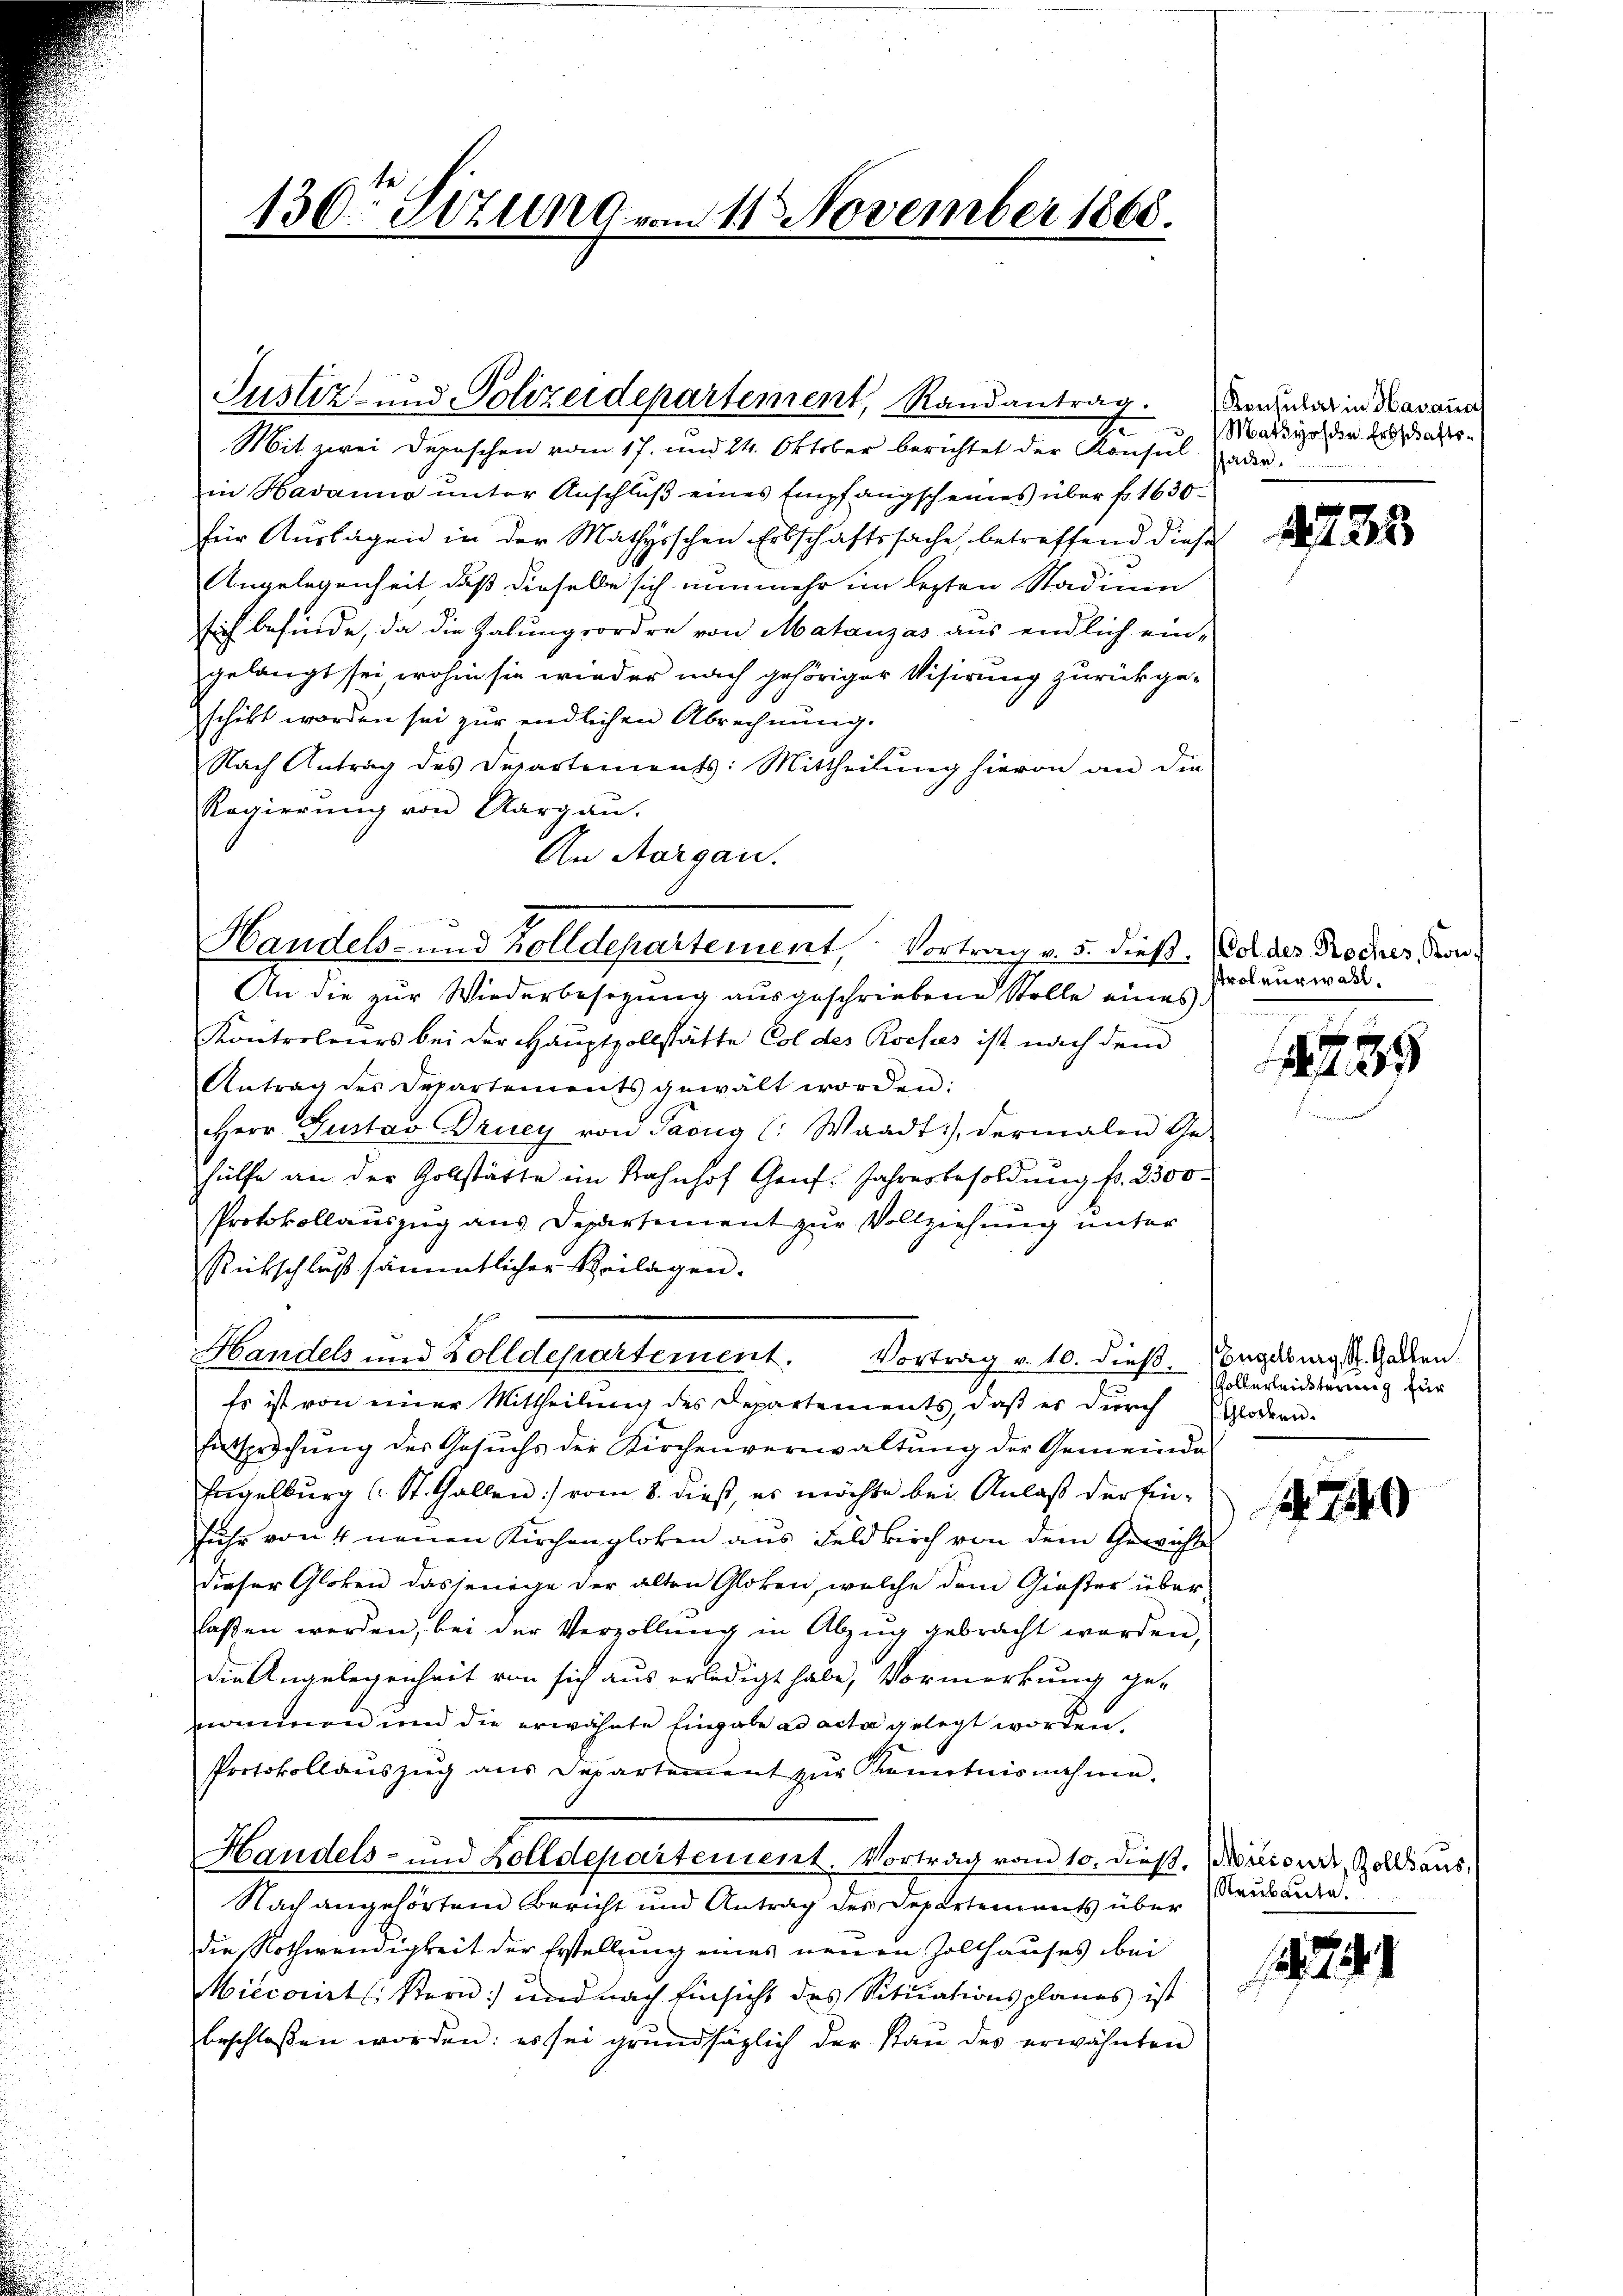
130ten Sitzung vom 11. November 1865.

Justiz- und Polizeidepartement, Randantrag.

Mit zwei Deposchen vom 17. und 24. Oktober berichtet der Konsul- oder
in Havanna ŭnter Anschlŭβ eines Empfangscheines über fr. 1630
für Auslagen in der Mathysschen Erbschaftssache, betreffend diese
Angelegenheit, daß dieselbe sich nunmehr im lezten Stadium
sich befinde, da die Kalungsordre von Matauzas aus endlich ein-
gelangt sei, wohin sie wieder nach gehöriger Visirung zurückge-
schikt worden sei zur endlichen Abrechnŭng.
Nach Antrag des Departements: Mittheilung hievon an die
Regierung von Aargau.
An Aargau.
An die zur Wiederbesezung aŭsgeschriebene Stelle eines
Kontroleiers bei der Hauptvollstätte Col des Roches ist nach dem
Antrag des Departements gewalt worden:
Herr Gustav Druey von Pacug l. Waadt, dermalen Ge-
hülfe an der Zollstätte im Bahnhof Genf Jahresbesoldung fr. 2300
Protokollauszug aus Departement zur Vollziehung unter
Rückschluß sämmtlicher Beilagen.
Handels und Zolldepartement. Vortrag v. 10. dieß. Begangs. Gallen.
Es ist von einer Mittheilung des Departements, daβ er dŭrch Glodern-
Entsprichŭng der Gesŭchs der Kirchenverwaltŭng der Gemeinde
Engelburg (St. Gallen :/ vom 8. dieß, es möchte bei Anlaß der Einfuhr von 4 neuen Kirchengloken aus Feldkirch von dem Gewichte
dieser Globen dasjenige der alten Gloken, welche dem Gieser über
laßen werden, bei der Verzollung in Abzug gebracht werden,
die Angelegenheit von sich aus erledigt habe, Vormerkung genommen und die erwähnte Eingabe ad acta gelegt worden,
Protokollauszug aus Departement zur Kenntnisnahme.
Handels- und Zolldepartement. Vortrag vom 10. dieß. Wirconi, Zollsaus
Nach angehörtem Bericht und Antrag des Departements über
die Nothwendigkeit der Erstellung eines neuen Zollhauses bei
Miecorirt: Stern) und nach Einsicht des Situationsplanes ist
beschlossen worden: es sei grŭndsätzlich der Staŭ des erwähnten

Handels- und Zolldepartement, Vortrag v. 5. dieß.

Konsulat in Havana
Matsyosche Erbschafts¬

4725

Coldes Roches, Kon¬
Proleurwahl.

s
128

Vollerleichterung zur

749

Neubaute.

24